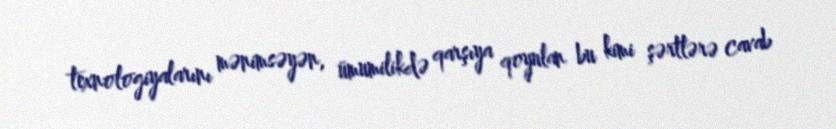
texnologiyalarını mənimsəyən, ümumilikdə qarşıya qoyulan bu kimi şərtlərə cavab